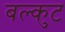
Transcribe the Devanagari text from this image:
बल्कुट